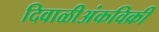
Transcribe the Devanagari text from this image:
दिवाळीअंकविक्री